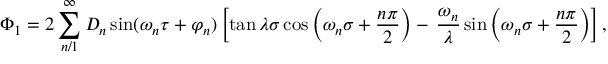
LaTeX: \Phi _ { 1 } = 2 \sum _ { n / 1 } ^ { \infty } D _ { n } \sin ( \omega _ { n } \tau + \varphi _ { n } ) \left[ \tan \lambda \sigma \cos \left( \omega _ { n } \sigma + \frac { n \pi } { 2 } \right) - \, \frac { \omega _ { n } } { \lambda } \sin \left( \omega _ { n } \sigma + \frac { n \pi } { 2 } \right) \right] ,